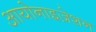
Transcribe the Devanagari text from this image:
आयोनाइज़ेशन